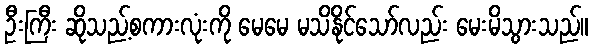
ဦးကြီး ဆိုသည့်စကားလုံးကို မေမေ မသိနိုင်သော်လည်း မေးမိသွားသည်။